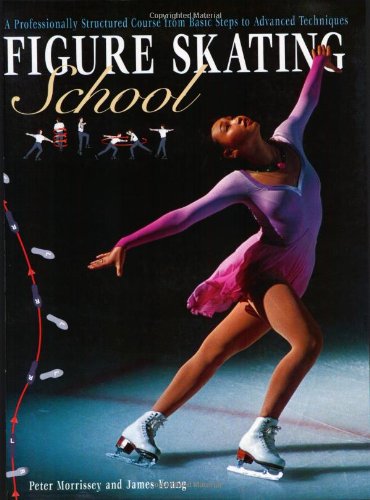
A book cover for Figure Skating School: A Professionally Structured Course from Basic Steps to Advanced Techniques; Peter Morrissey; Sports & Outdoors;